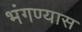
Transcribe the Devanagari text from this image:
भंगण्यास